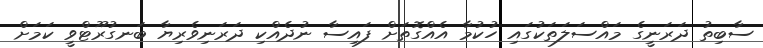
ސާބިތު ދަރަނީގެ މައްސަލަތަކުގައި ހުކުމާ އެއްގޮތަށް ފައިސާ ނުދެއްކި ދަރަނިވެރިޔާ ބަނގުރޫޓްވީ ކަމަށް